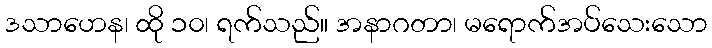
ဒသာဟေန၊ ထို ၁၀၊ ရက်သည်။ အနာဂတာ၊ မရောက်အပ်သေးသော